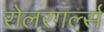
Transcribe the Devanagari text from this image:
रोलरगर्ल्स